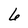
Character: 6